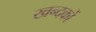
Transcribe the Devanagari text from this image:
खन्दकों